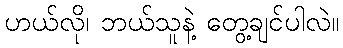
ဟယ်လို၊ ဘယ်သူနဲ့ တွေ့ချင်ပါလဲ။